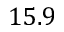
1 5 . 9